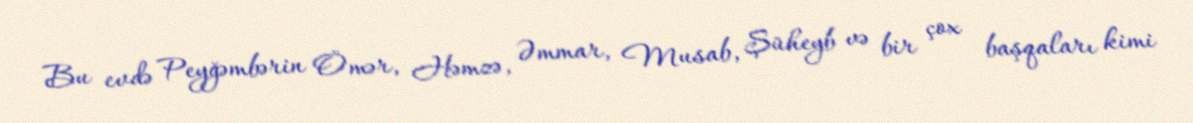
Bu evdə Peyğəmbərin Ömər, Həmzə, Əmmar, Musab, Şüheyb və bir çox başqaları kimi